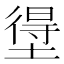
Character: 𭏢